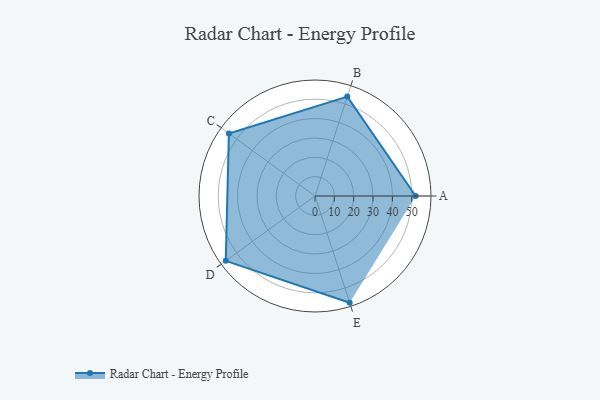
{"axis": {"x": "Skill", "y": "Score"}, "legend": ["Profile"], "data": [{"x": "A", "y": 52.0, "type": "Profile"}, {"x": "B", "y": 54.0, "type": "Profile"}, {"x": "C", "y": 55.0, "type": "Profile"}, {"x": "D", "y": 57.0, "type": "Profile"}, {"x": "E", "y": 58.0, "type": "Profile"}]}